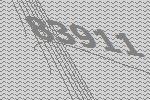
83911